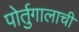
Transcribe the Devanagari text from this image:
पोर्तुगालाची